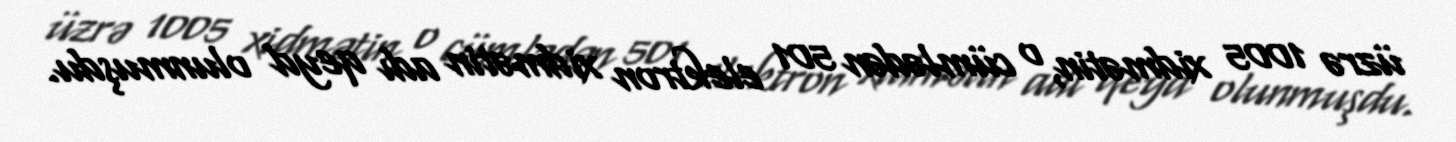
üzrə 1005 xidmətin, o cümlədən 501 elektron xidmətin adı qeyd olunmuşdu.